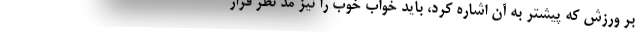
بر ورزش که پیشتر به آن اشاره کرد، باید خواب خوب را نیز مد نظر قرار